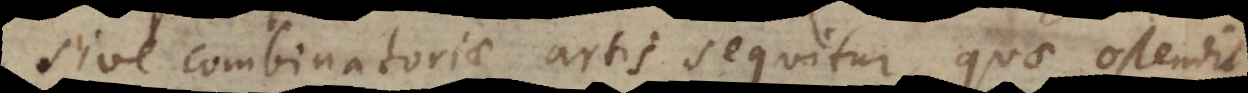
sive combinatoriae artis sequitur, quae ostendit